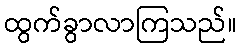
ထွက်ခွာလာကြသည်။